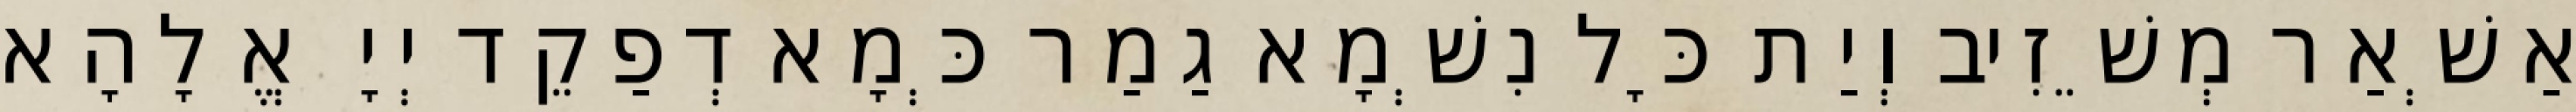
אַשְׁאַר מְשֵׁזִיב וְיַת כָּל נִשְׁמָא גַמַר כְּמָא דְפַקֵד יְיָ אֱלָהָא